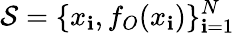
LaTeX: {\cal{S}}=\{ x_{\mathbf{i}},f_{O}(x_{\mathbf{i}})\} _{\mathbf{i}=1}^{N}